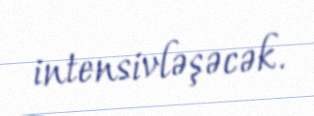
intensivləşəcək.